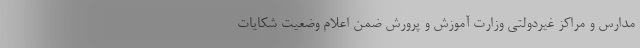
مدارس و مراکز غیردولتی وزارت آموزش و پرورش ضمن اعلام وضعیت شکایات